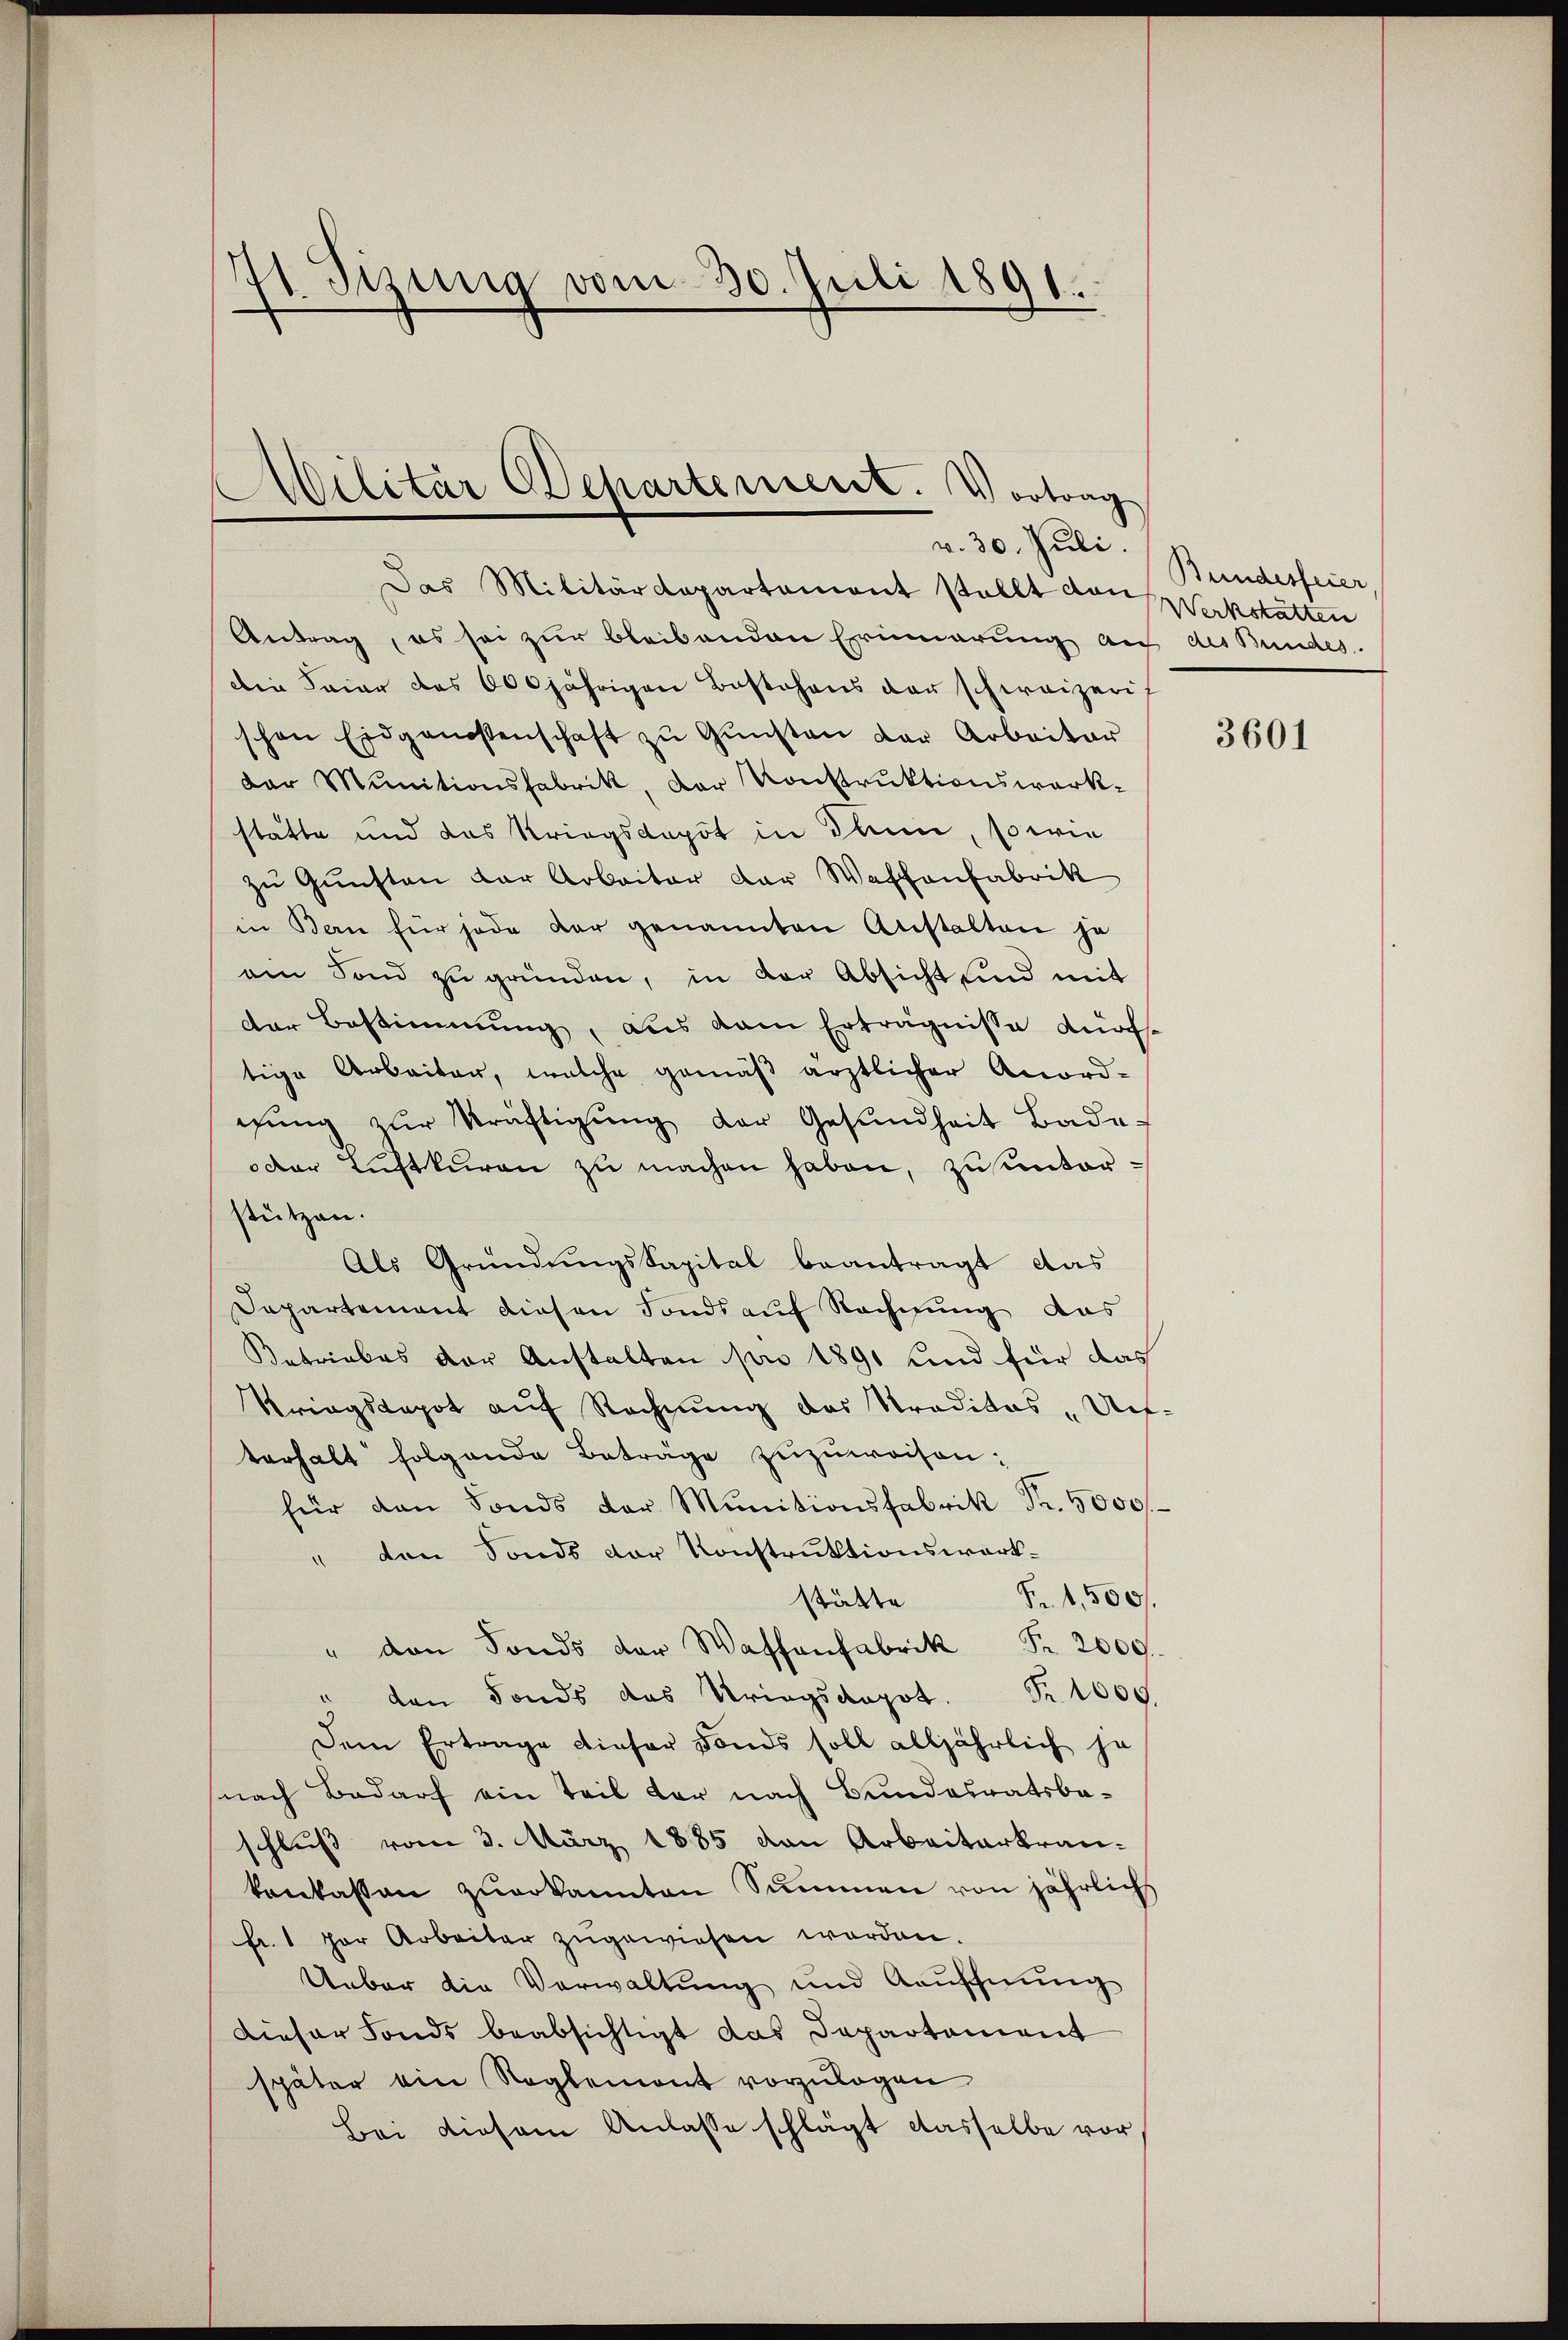
741. Sizung vom 30. Juli 1891.

Militär Departement. Vortrag
v. 30. Juli.

Das Militärdepartament stellt den Werkstätten
Antrag, es sei zur bleibenden Erinnerung auf des Bundes.
Die Baier das 600jährigen Bestehens der schweizeris
schon Eidgenossenschaft zŭ Gŭnsten der Arbeiter
dar Munitionsfabrik, der Konstruktionswerkstätte und das Kriegskapot in dann, so wie
zu Gunsten der Arbeiter der Waffenfabrik
in Bern für jede dar genannten Anstalten ja
am Fond zŭ gründen, in der Absicht und mit
der Bestimmung, aus dem Erträgnisse dürf
tige Arbeiter, welche gemäβ ärztlicher Anord-
gŭng zŭr Kräftigŭng der Gesŭndheit Bade-
oder Luftkuren zu machen haben, zu unterstützen.
Als Gründungskapital beantragt, das
Departement diesen Fonds auf Rechnung das
Betriebes der Anstalten pro 1891 und für das
Kriegsepot auf Rechnung des Traditas "Un-
terhalt folgende Beträge zŭzŭweisen:
für den Fonds der Munitionsfabrik Fr. 5000
den Fonds der Konstruktionswerk¬
Fr. 1,500.
stätte
" den Fonds der Wassenfabrik Fr. 2000.
" den Fonds das Kriegsdopot. Fr. 1000
Dem Ertrage dieser Fonds soll alljährlich ja
nach Bedarf ein Teil der nach Bundesratsbeschluß vom 3. März 1885 von Arbeiterkrankenkasson zuerkannten Summen von jährlichs
fr. 1 per Arbeiter zugewiesen worden.
Ueber die Verwaltung und Kauffnung
Dieser Fonds beabsichtigt das Departement
später ein Reglement vorzulagen
Bei diesem Anlasse schlägt dasselbe vor

Bundesfeier

3601